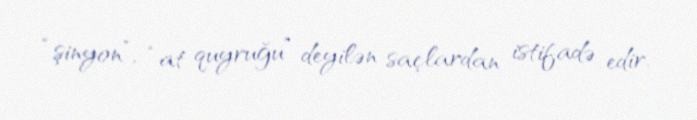
“şinyon”, “at quyruğu” deyilən saçlardan istifadə edir.